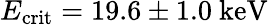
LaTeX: E_{\mathrm{{crit}}}=19.6\pm 1.0~\mathrm{keV}